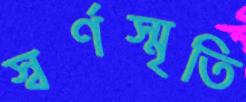
স্বর্ণস্মৃতি